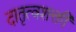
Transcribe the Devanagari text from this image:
दातृत्वशक्ती